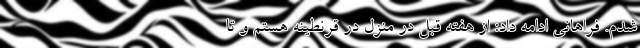
شدم. فراهانی ادامه داد: از هفته قبل در منزل در قرنطینه هستم و تا